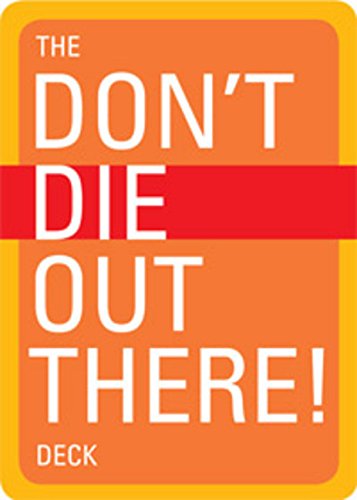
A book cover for The Don't Die Out There! Deck; Christopher Van Tilburg; Science Fiction & Fantasy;